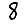
Digit: 8